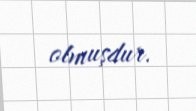
olmuşdur.